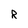
Character: R